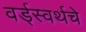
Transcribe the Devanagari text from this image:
वर्ड्‌स्वर्थचे